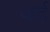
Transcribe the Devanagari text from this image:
व्हर्द